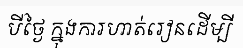
បីថ្ងៃ ក្នុងការហាត់រៀនដើម្បី